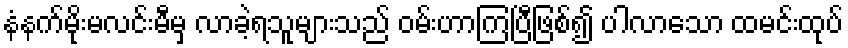
နံနက်မိုးမလင်းမီမှ လာခဲ့ရသူများသည် ဝမ်းဟာကြပြီဖြစ်၍ ပါလာသော ထမင်းထုပ်